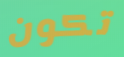
تكون